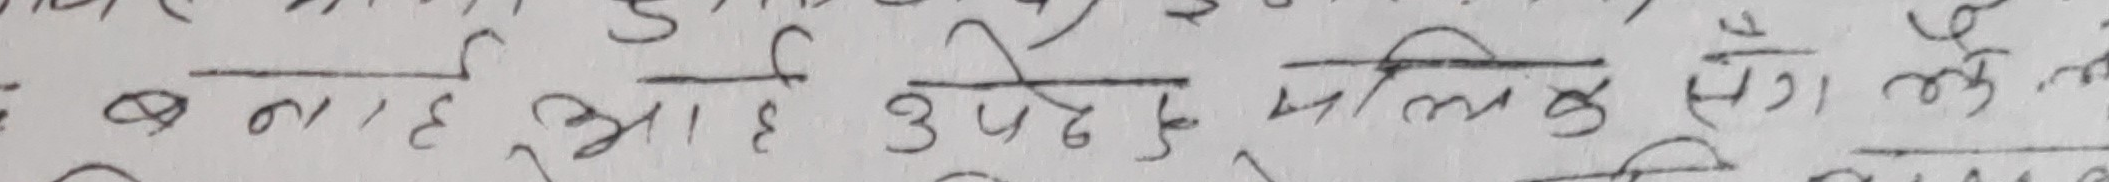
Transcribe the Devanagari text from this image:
बनाए आए उपदे मालिक संग ले